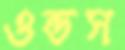
ওন্ডস